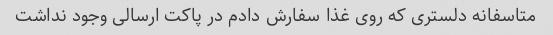
متاسفانه دلستری که روی غذا سفارش دادم در پاکت ارسالی وجود نداشت